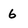
Character: 6